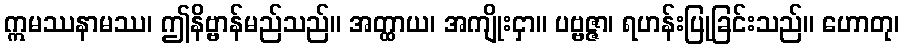
ဣမဿနာမဿ၊ ဤနိဗ္ဗာန်မည်သည်။ အတ္ထာယ၊ အကျိုးငှာ။ ပဗ္ဗဇ္ဇာ၊ ရဟန်းပြုခြင်းသည်။ ဟောတု၊